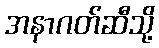
အနာဂတ်ဆီသို့